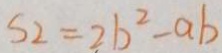
S _ { 2 } = 2 b ^ { 2 } - a b